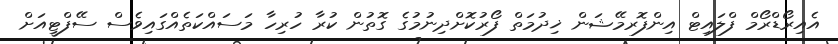
އެއިރޯޑްރޯމް ފްލައިޓް އިންފޮރމޭޝަން ޚިދުމަތް ފޯރުކޮށްދިނުމުގެ ގޮތުން ކުރާ ހުރިހާ މަސައްކަތެއްގައިވެސް ސޭފްޓީއަށް